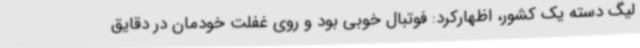
لیگ دسته یک کشور، اظهارکرد: فوتبال خوبی بود و روی غفلت خودمان در دقایق